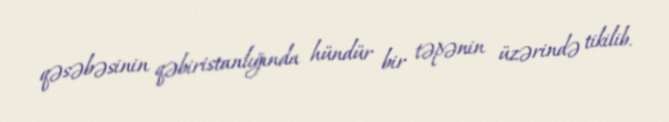
qəsəbəsinin qəbiristanlığında hündür bir təpənin üzərində tikilib.